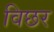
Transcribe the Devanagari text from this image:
विछर